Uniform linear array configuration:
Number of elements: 8
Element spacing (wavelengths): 0.5
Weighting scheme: exponential
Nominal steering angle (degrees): -60
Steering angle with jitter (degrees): -59.253
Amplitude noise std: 0.05
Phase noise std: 0.05

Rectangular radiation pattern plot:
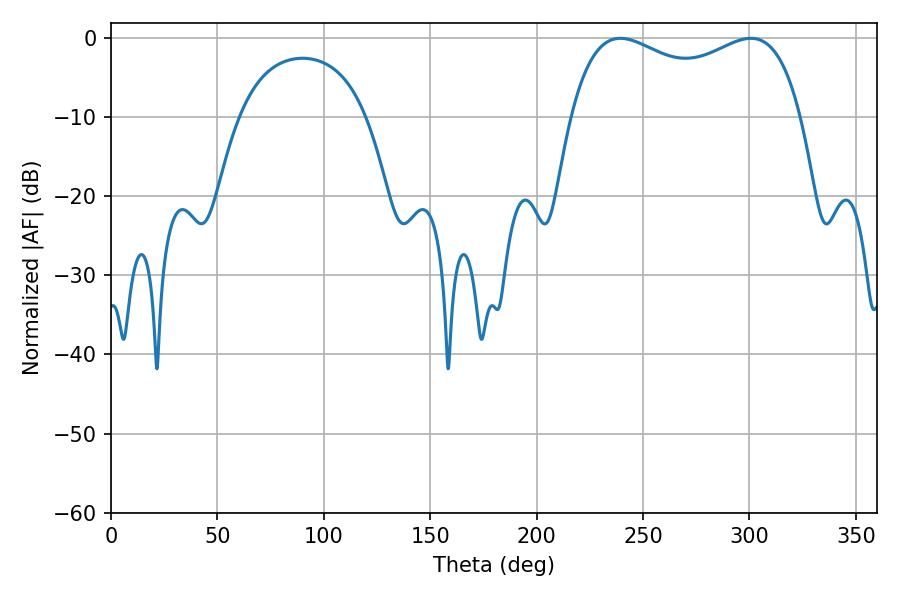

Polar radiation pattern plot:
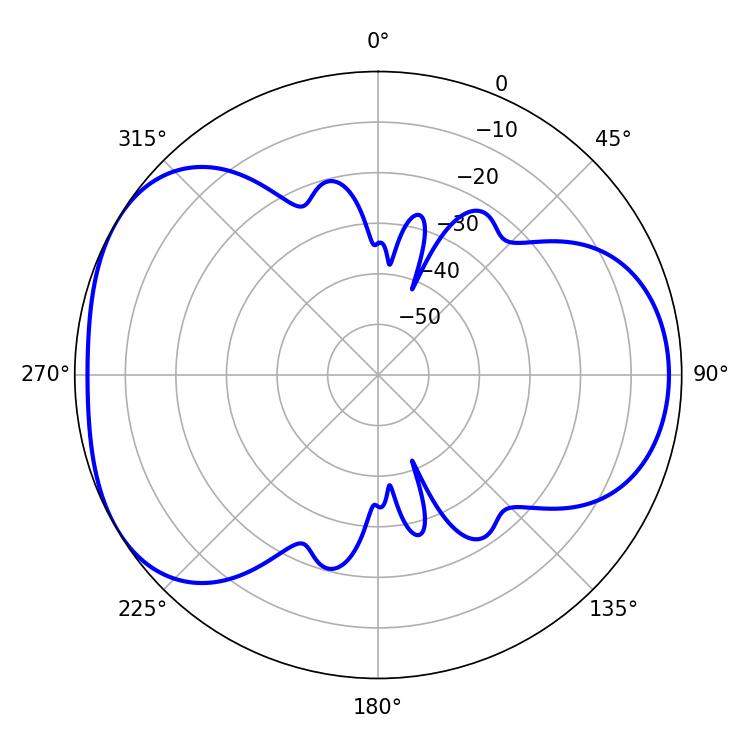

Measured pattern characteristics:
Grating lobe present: FALSE
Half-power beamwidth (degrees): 89.64
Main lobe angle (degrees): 239.4